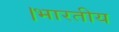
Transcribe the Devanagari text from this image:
।भारतीय